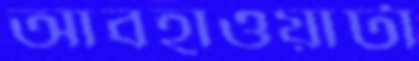
আবহাওয়াটা